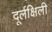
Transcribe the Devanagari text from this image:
दूर्लक्षिली